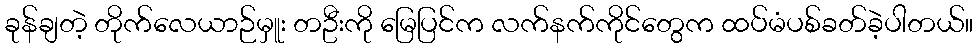
ခုန်ချတဲ့ တိုက်လေယာဉ်မှူး တဦးကို မြေပြင်က လက်နက်ကိုင်တွေက ထပ်မံပစ်ခတ်ခဲ့ပါတယ်။